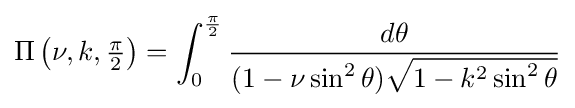
\Pi \left(\nu ,k,\textstyle {\frac {\pi }{2}}\right)=\int _{0}^{\frac {\pi }{2}}{\frac {d\theta }{(1-\nu \sin ^{2}\theta ){\sqrt {1-k^{2}\sin ^{2}\theta }}}}